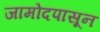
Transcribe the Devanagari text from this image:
जामोदपासून